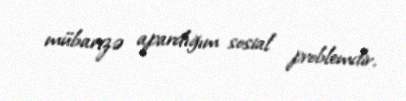
mübarizə apardığım sosial problemdir.